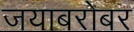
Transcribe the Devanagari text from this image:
जयाबरोबर